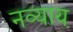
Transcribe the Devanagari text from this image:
नव्याय